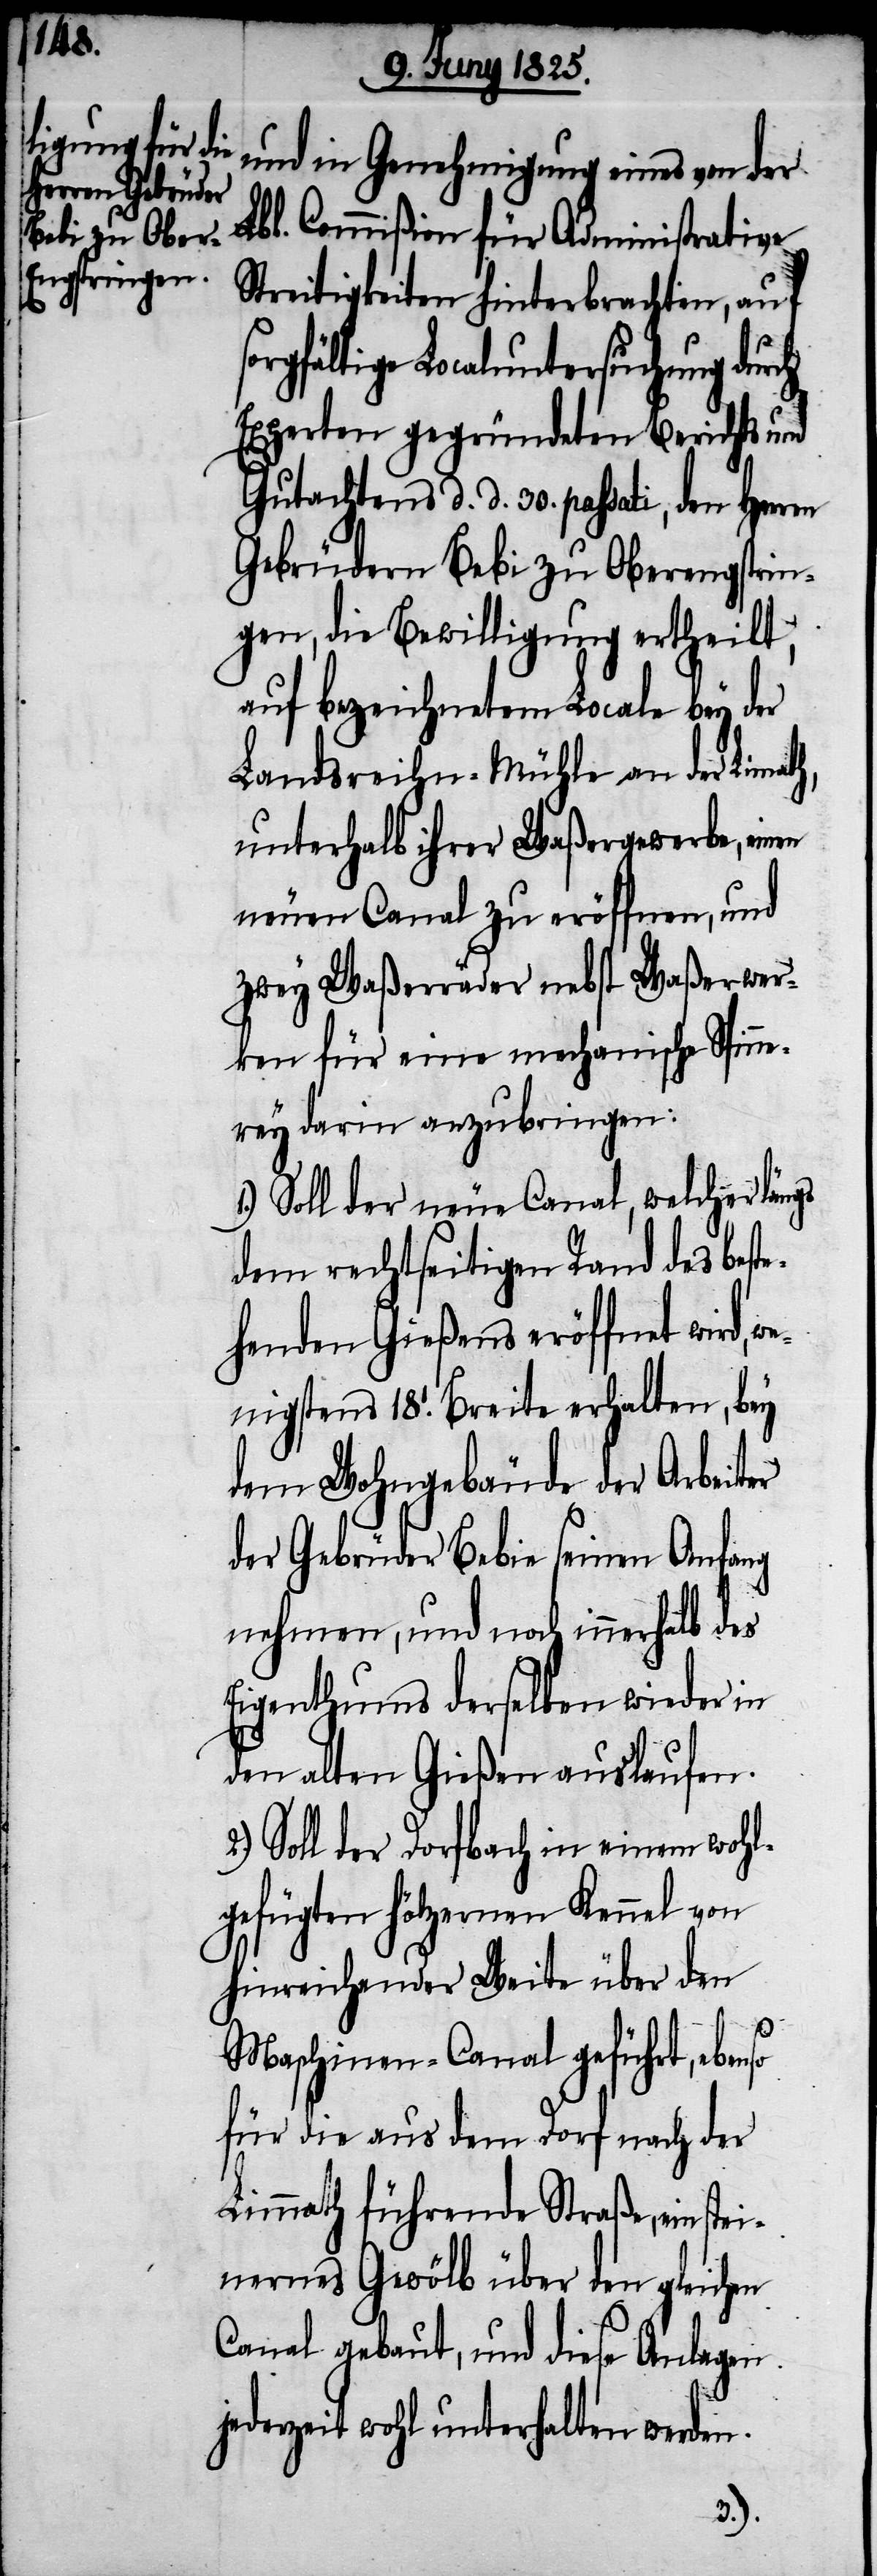
stei¬

und in Genehmigung eines von der
Lbl. Commißion für Administrative
Streitigkeiten hinterbrachten, auf
rgfältige Localuntersuchung durch
Experten gegründeten Berichts und
Gutachtens d. d. 30. passati, den Herren
Gebrüdern Bebi zu Oberengstrin¬
gen, die Bewilligung ertheilt,
auf bezeichnetem Locale bey der
Landsreichn-Mühle an der Limath,
unterhalb ihrer Waßergewerbe, einen
neuen Canal zu eröffnen, und
zwey Waßerräder nebst Waßerwer¬
ken für eine mechanische Spinne¬
rey darin anzubringen:
1.) Soll der neue Canal, welcher längs
dem rechtseitigen Rand des best¬
ehenden Gießens eröffnet wird,
wenigstens 18.’ Breite erhalten, bey
dem Wohngebäude der Arbeiter
der Gebrüder Bebie seinen Anfang
nehmen, und noch innerhalb des
Eigenthums derselben wieder in
den alten Gießen auslaufen.
Soll der Dorfbach in einem wohl¬
gefügten hölzernen Kennel von
hinreichender Weite über den
Maschinen-Canal geführt, ebenso
für die aus dem Dorf nach der
Limmath führende Strasse, ein
nernes Gewölb über den gleichen
Canal gebaut, und diese Anlagen
jederzeit wohl unterhalten werden.
2.)